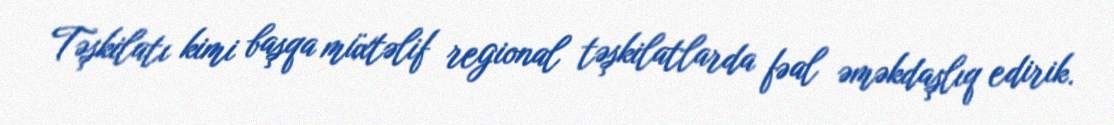
Təşkilatı kimi başqa müxtəlif regional təşkilatlarda fəal əməkdaşlıq edirik.